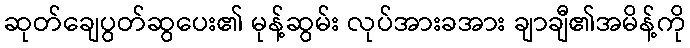
ဆုတ်ချေပွတ်ဆွပေး၏ မုန့်ဆွမ်း လုပ်အားခအား ချာချီ၏အမိန့်ကို